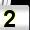
Digit: 2